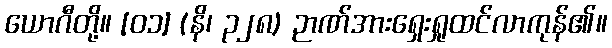
ယောဂီတို့။ [၀၁] (နိ၊ ၃၂၈) ဉာဏ်အားရှေးရှုထင်လာကုန်၏။